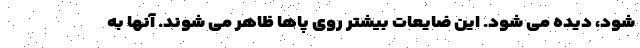
شود، دیده می شود. این ضایعات بیشتر روی پاها ظاهر می شوند. آنها به